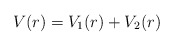
\begin{align*}V(r)=V_1(r)+V_2(r)\end{align*}